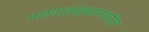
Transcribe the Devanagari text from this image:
भारतातस्थानांतरीत